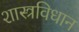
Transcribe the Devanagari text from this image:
शास्त्रविधान